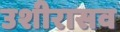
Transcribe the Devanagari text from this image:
उशीरासव